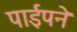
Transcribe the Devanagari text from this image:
पाईपने